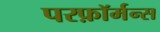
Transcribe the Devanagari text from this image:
परफ़ॉर्मन्स